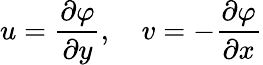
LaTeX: u=\frac{\partial\varphi}{\partial y},\quad v=-\frac{\partial\varphi}{\partial x}